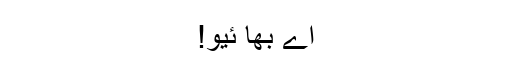
اے بھا ئیو!